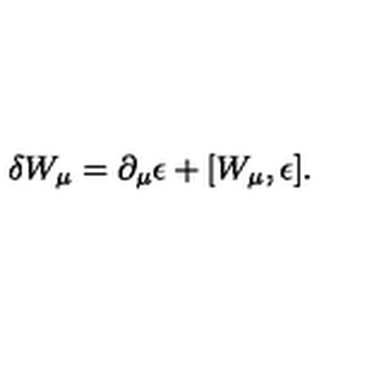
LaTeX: \delta W _ { \mu } = \partial _ { \mu } \epsilon + [ W _ { \mu } , \epsilon ] .